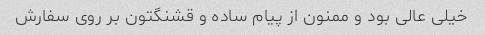
خیلی عالی بود و ممنون از پیام ساده و قشنگتون بر روی سفارش